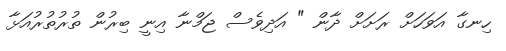
ހިނގާ އަވަހަށް ރަށަށް ދާން " އަދިވެސް ޖަމްނާ އިނީ ބިރުން ތުރުތުރުއަޅާ